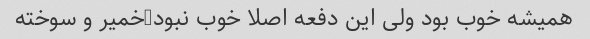
همیشه خوب بود ولی این دفعه اصلا خوب نبود-خمیر و سوخته